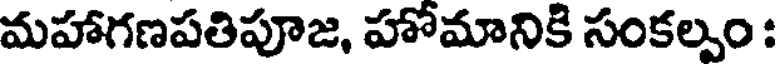
మహాగణపతిపూజ, హోమానికి సంకల్పం :